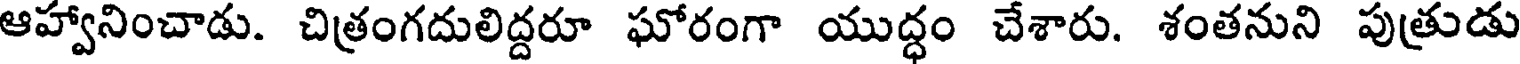
ఆహ్వానించాడు. చిత్రంగదులిద్దరూ ఘోరంగా యుద్ధం చేశారు. శంతనుని పుత్రుడు